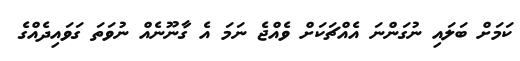
ކަމަށް ބަލައި ނުގަންނަ އެއްޗަކަށް ވެއްޖެ ނަމަ އެ ގާނޫނެއް ނުވަތަ ގަވައިދެއްގެ